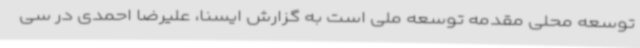
توسعه محلی مقدمه توسعه ملی است به گزارش ایسنا، علیرضا احمدی در سی